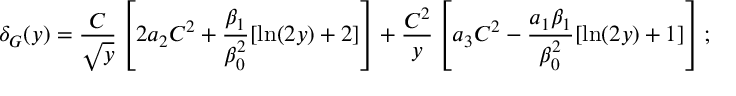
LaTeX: \delta _ { G } ( y ) = \frac { C } { \sqrt y } \left[ 2 a _ { 2 } C ^ { 2 } + \frac { \beta _ { 1 } } { \beta _ { 0 } ^ { 2 } } [ \ln ( 2 y ) + 2 ] \right] + \frac { C ^ { 2 } } { y } \left[ a _ { 3 } C ^ { 2 } - \frac { a _ { 1 } \beta _ { 1 } } { \beta _ { 0 } ^ { 2 } } [ \ln ( 2 y ) + 1 ] \right] ;